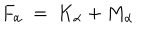
F _ { \alpha } ~ = ~ K _ { \alpha } + M _ { \alpha }